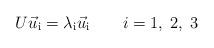
LaTeX: \begin{align*}U \vec u_{\mathrm{i}} = \lambda_{\mathrm{i}} \vec u_{\mathrm{i}}\qquad i = 1,\;2,\;3\end{align*}